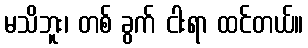
မသိဘူး၊ တစ် ခွက် ငါးရာ ထင်တယ်။